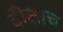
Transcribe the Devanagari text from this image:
दीक्षाच